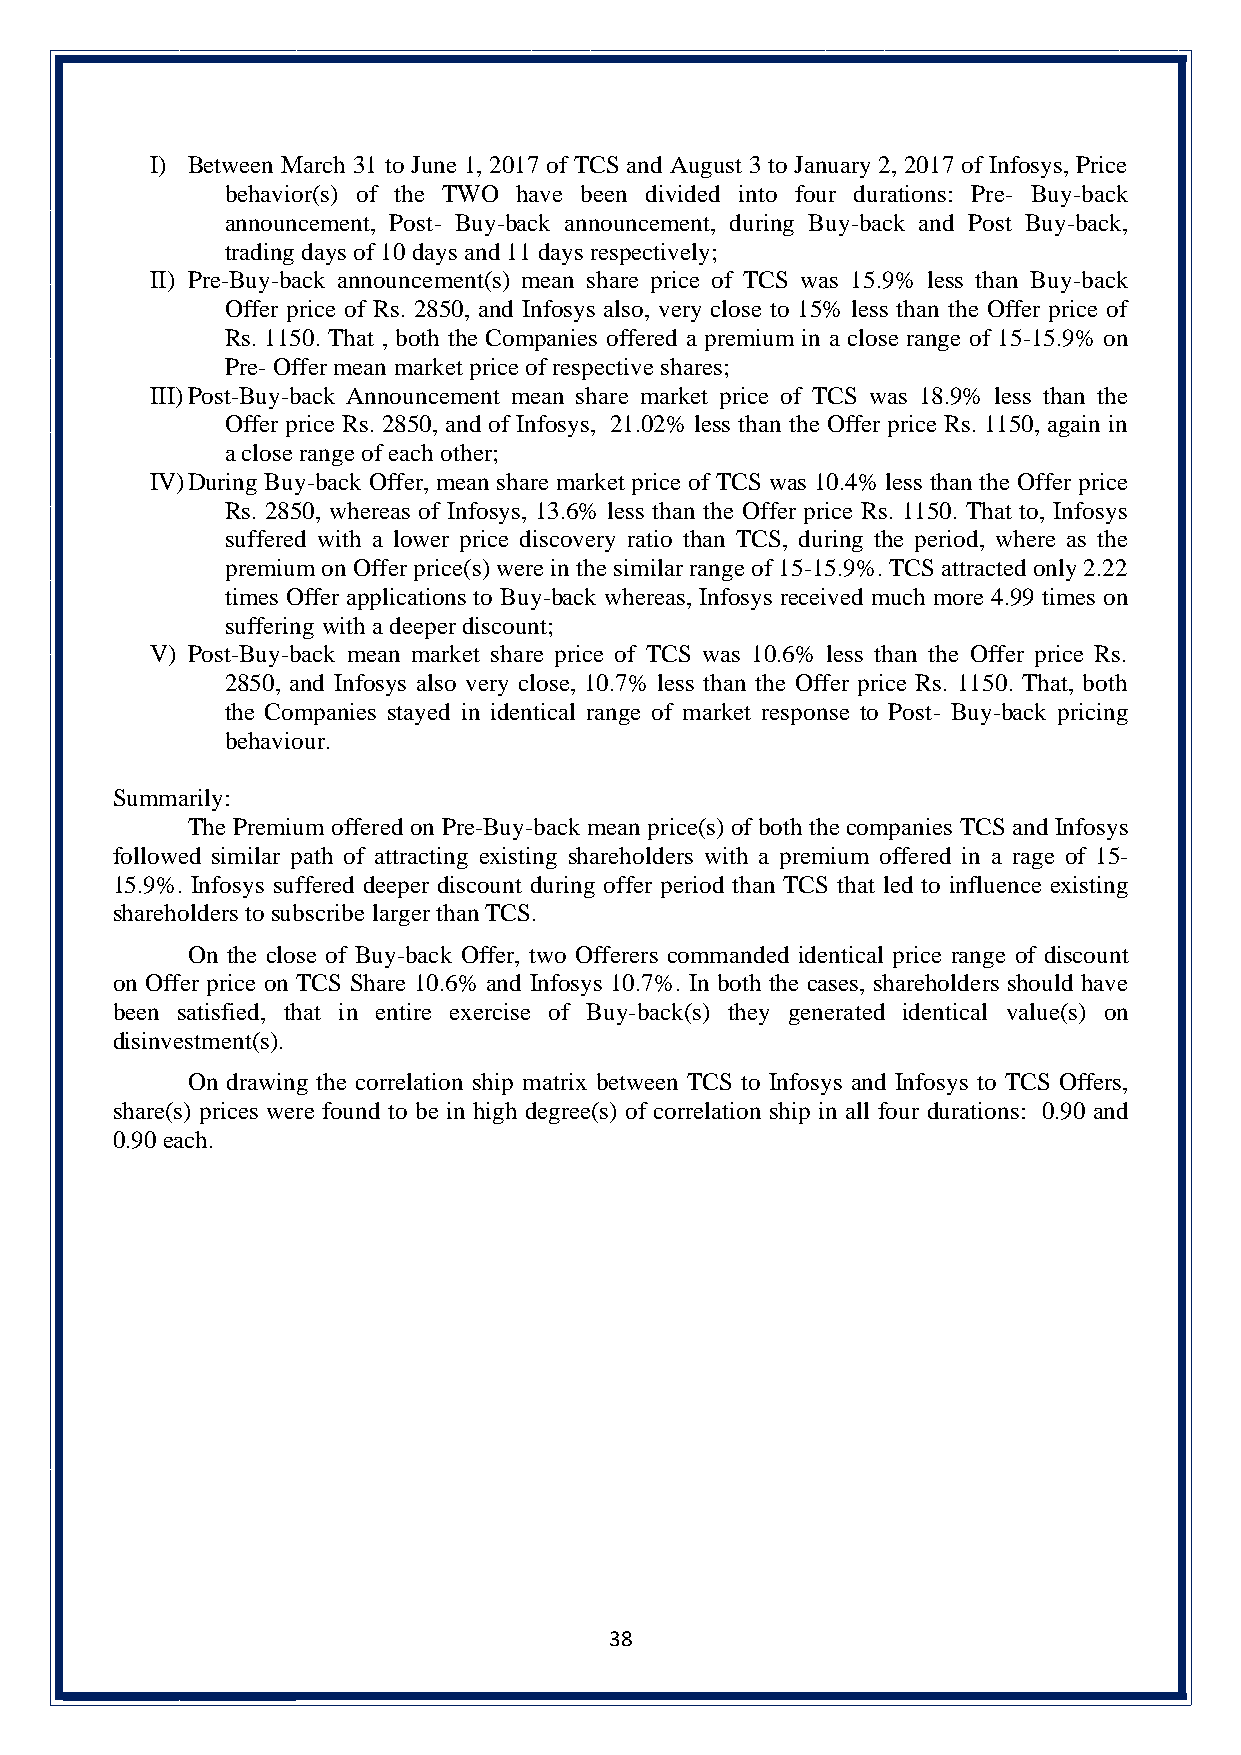
I) Between March 31 to June 1, 2017 of TCS and August 3 to January 2, 2017 of Infosys, Price
 behavior(s) of the TWO have been divided into four durations: Pre- Buy-back
 announcement, Post- Buy-back announcement, during Buy-back and Post Buy-back,
 trading days of 10 days and 11 days respectively;
 II) Pre-Buy-back announcement(s) mean share price of TCS was 15.9% less than Buy-back
 Offer price of Rs. 2850, and Infosys also, very close to 15% less than the Offer price of
 Rs. 1150. That , both the Companies offered a premium in a close range of 15-15.9% on
 Pre- Offer mean market price of respective shares;
 III) Post-Buy-back Announcement mean share market price of TCS was 18.9% less than the
 Offer price Rs. 2850, and of Infosys, 21.02% less than the Offer price Rs. 1150, again in
 a close range of each other;
 IV) During Buy-back Offer, mean share market price of TCS was 10.4% less than the Offer price
 Rs. 2850, whereas of Infosys, 13.6% less than the Offer price Rs. 1150. That to, Infosys
 suffered with a lower price discovery ratio than TCS, during the period, where as the
 premium on Offer price(s) were in the similar range of 15-15.9%. TCS attracted only 2.22
 times Offer applications to Buy-back whereas, Infosys received much more 4.99 times on
 suffering with a deeper discount;
 V) Post-Buy-back mean market share price of TCS was 10.6% less than the Offer price Rs.
 2850, and Infosys also very close, 10.7% less than the Offer price Rs. 1150. That, both
 the Companies stayed in identical range of market response to Post- Buy-back pricing
 behaviour.
 Summarily:
 The Premium offered on Pre-Buy-back mean price(s) of both the companies TCS and Infosys
 followed similar path of attracting existing shareholders with a premium offered in a rage of 15-
 15.9%. Infosys suffered deeper discount during offer period than TCS that led to influence existing
 shareholders to subscribe larger than TCS.
 On the close of Buy-back Offer, two Offerers commanded identical price range of discount
 on Offer price on TCS Share 10.6% and Infosys 10.7%. In both the cases, shareholders should have
 been satisfied, that in entire exercise of Buy-back(s) they generated identical value(s) on
 disinvestment(s).
 On drawing the correlation ship matrix between TCS to Infosys and Infosys to TCS Offers,
 share(s) prices were found to be in high degree(s) of correlation ship in all four durations: 0.90 and
 0.90 each.
 38